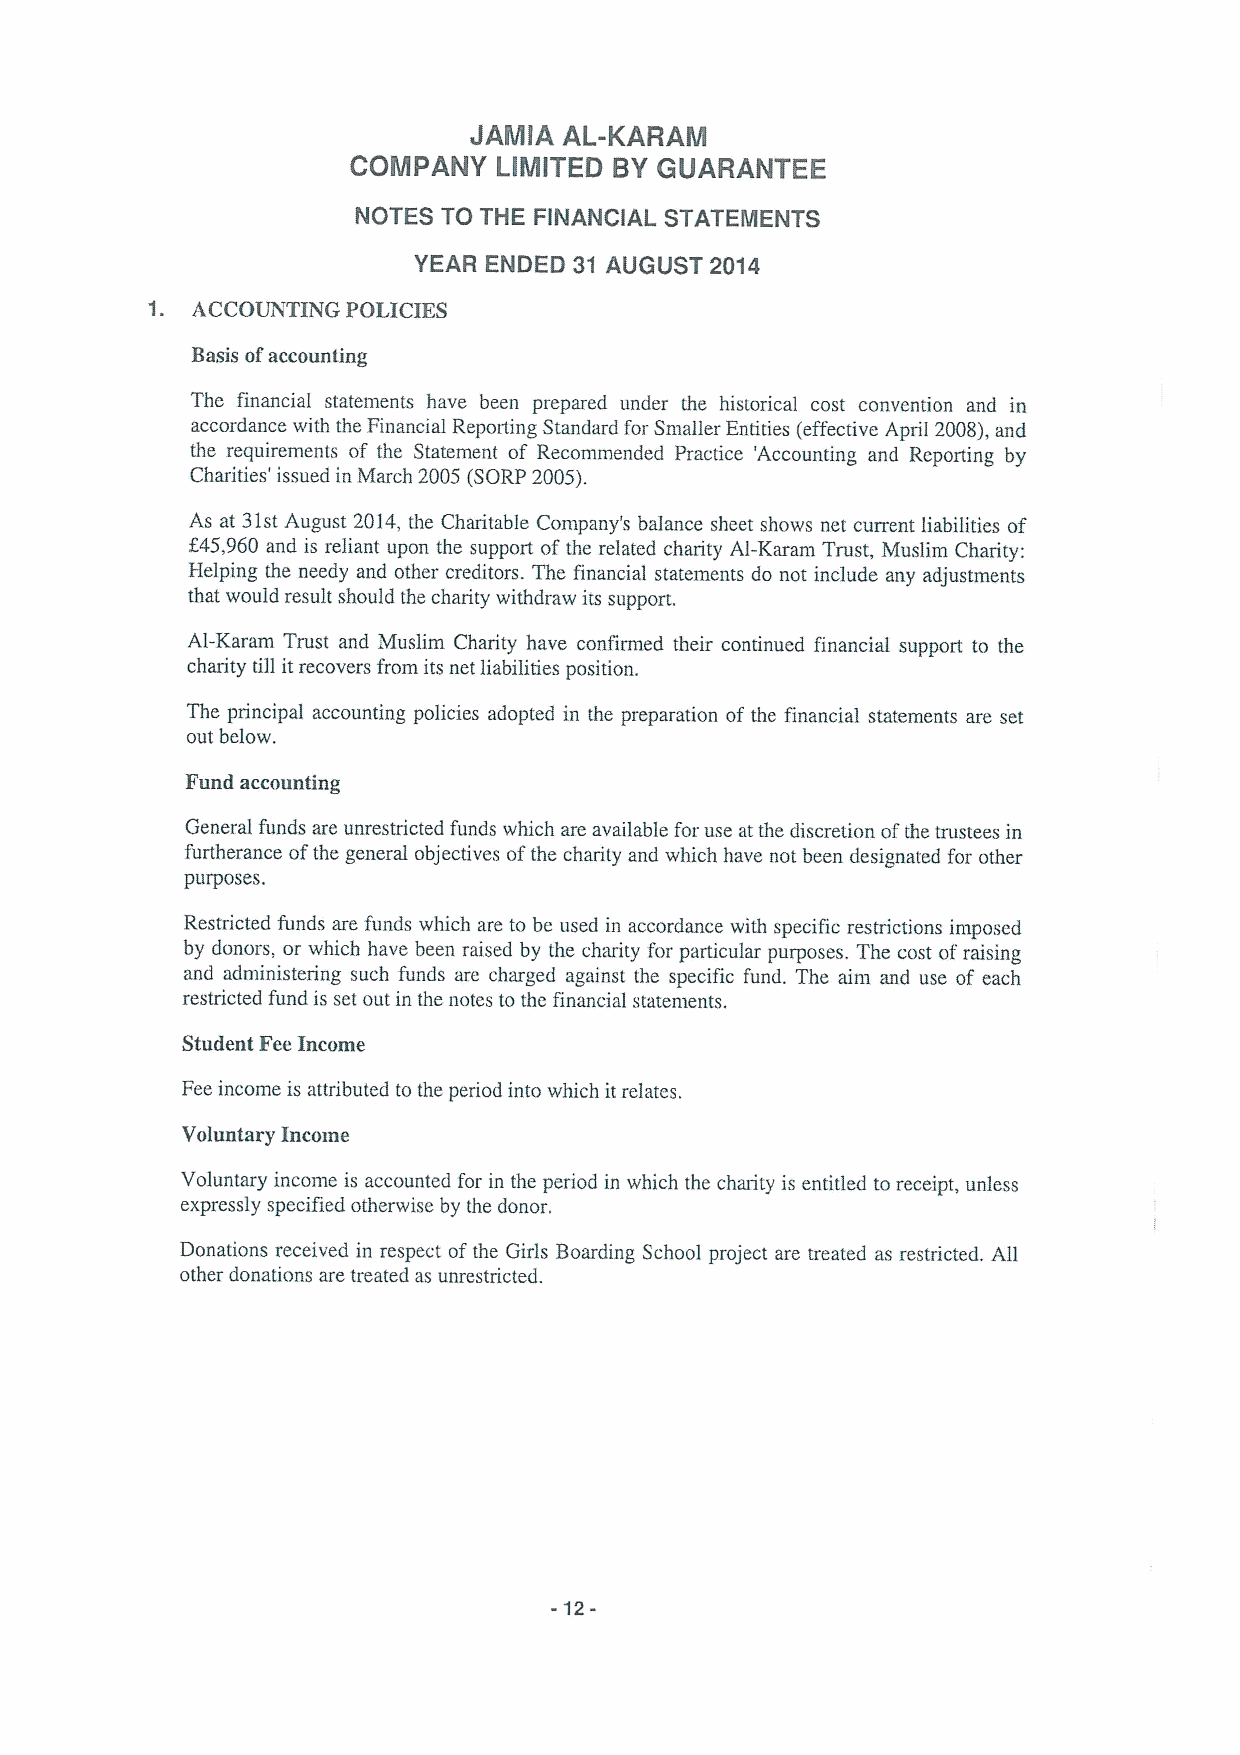
JAMIA AL-KARAM
 COMPANY   LIMITED BYGUARANTEE
 NOTES TO THE FINANCIAL STATEMENTS
 YEAR ENDED 31 AUGUST 2014
 1. ACCOUNTING POLICIES
 Basis ofaccounting
 The financial statements have been prepared under the historical cost convention and in
 accordance with the Financial Reporting Standard for Smaller Entities (effective April 2008),and
 the requirements of the Statement of Recommended Practice 'Accounting and Reporting by
 Charities' issued in March 2005 (SORP 2005).
 As at 31stAugust 2014, the Charitable Company's balance sheet shows net current liabilities of
 245,960 and is reliant upon the support of the related charity Al-Karam Trust, Muslim Charity:
 Helping the needy and other creditors. The financial statements do not include any adjustments
 that would result should the charity withdraw its support.
 Al-Karam Trust and iVluslim Charity have confirmed their continued financial support to the
 charity till itrecovers from its net liabilities position.
 The principal accounting policies adopted in the preparation of the financial statements are set
 out below.
 Fund accounting
 General funds are unrestricted funds which are available for use at the discretion ofthe trustees in
 furtherance ofthe general objectives ofthe charity and which have not been designated for other
 purposes.
 Restricted funds are funds which are to be used in accordance with specific restrictions imposed
 by donors, or which have been raised by the charity for particular purposes. The cost ofraising
 and administering such funds are charged against the specific fund. The aim and use of each
 restricted fund is set out in the notes to the financial statements,
 Student FeeIncome
 Fee income is attributed to the period into which it relates.
 Voluntary Income
 Voluntary income is accounted for in the period in which the charity is entitled to receipt, unless
 expressly specified otherwise by the donor,
 Donations received in respect ofthe Girls Boarding School project are treated as restricted. All
 other donations are treated as unrestricted.
 -12-